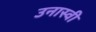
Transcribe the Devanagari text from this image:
उनास्वी